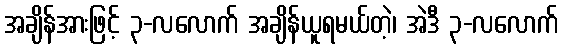
အချိန်အားဖြင့် ၃-လလောက် အချိန်ယူရမယ်တဲ့၊ အဲဒီ ၃-လလောက်